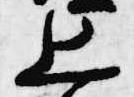
上